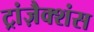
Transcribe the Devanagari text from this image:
ट्रांज़ैक्शंस